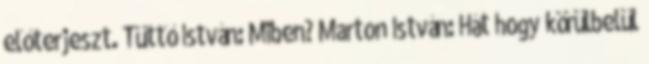
előterjeszt. Tüttő István: Miben? Marton István: Hát hogy körülbelül